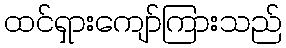
ထင်ရှားကျော်ကြားသည်